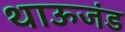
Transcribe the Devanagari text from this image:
थाऊजंड